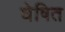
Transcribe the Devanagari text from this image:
घेषित